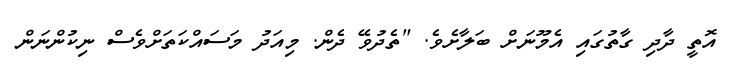
އޮތީ ދާދި ގާތުގައި އެމޫނަށް ބަލާށެވެ. "ތެދުވޭ ދެން. މިއަދު މަސައްކަތަށްވެސް ނިކުންނަން